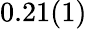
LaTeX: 0.21(1)